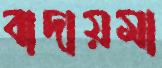
বাদায়মা